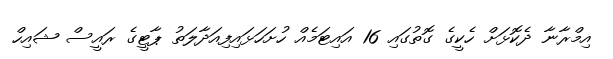
އިމްރާނާ ދެކޮޅަށް ހެކީގެ ގޮތުގައި 16 އައިޓަމެއް ހުށަހަޅައިފިއަދާލަތު ޕާޓީގެ ރައީސް ޝައިހް